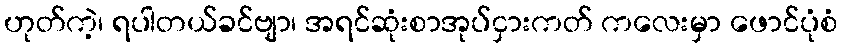
ဟုတ်ကဲ့၊ ရပါတယ်ခင်ဗျာ၊ အရင်ဆုံးစာအုပ်ငှားကတ် ကလေးမှာ ဖောင်ပုံစံ